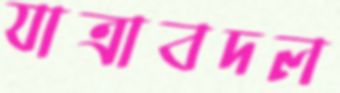
যাত্রাবদল